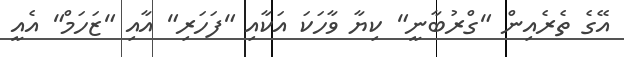
އޭގެ ތެރެއިން "ގްރުބާނީ" ކިޔާ ވާހަކަ އަކާއި "ފަހަރި" އާއި "ޒަހަމް" އެއީ